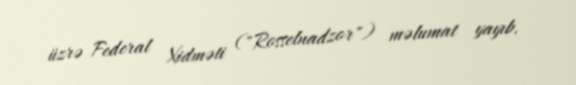
üzrə Federal Xidməti ("Rosselnadzor") məlumat yayıb.